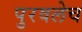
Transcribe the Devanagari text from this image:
पुरवलेच